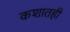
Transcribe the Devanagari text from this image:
कशातही